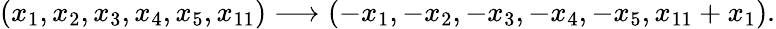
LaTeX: (x_{1},x_{2},x_{3},x_{4},x_{5},x_{11})\longrightarrow(-x_{1},-x_{2},-x_{3},-x_{4},-x_{5},x_{11}+x_{1}).